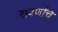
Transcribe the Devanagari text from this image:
सवर्णांचे